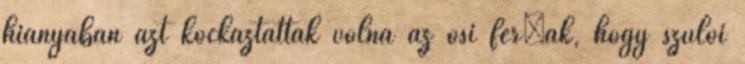
hiányában azt kockáztatták volna az ősi férﬁak, hogy szülői